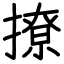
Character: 撩